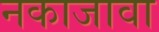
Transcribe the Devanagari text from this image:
नकाजावा